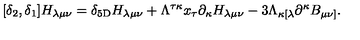
[ \delta _ { 2 } , \delta _ { 1 } ] H _ { \lambda \mu \nu } = \delta _ { 5 \mathrm { D } } H _ { \lambda \mu \nu } + \Lambda ^ { \tau \kappa } x _ { \tau } \partial _ { \kappa } H _ { \lambda \mu \nu } - 3 \Lambda _ { \kappa [ \lambda } \partial ^ { \kappa } B _ { \mu \nu ] } .